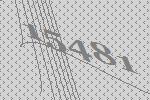
15481